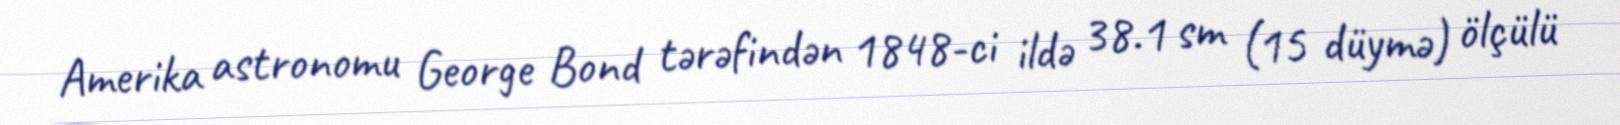
Amerika astronomu George Bond tərəfindən 1848-ci ildə 38.1 sm (15 düymə) ölçülü